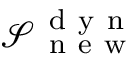
\mathcal { S } _ { \mathrm { ~ n ~ e ~ w ~ } } ^ { \mathrm { ~ d ~ y ~ n ~ } }